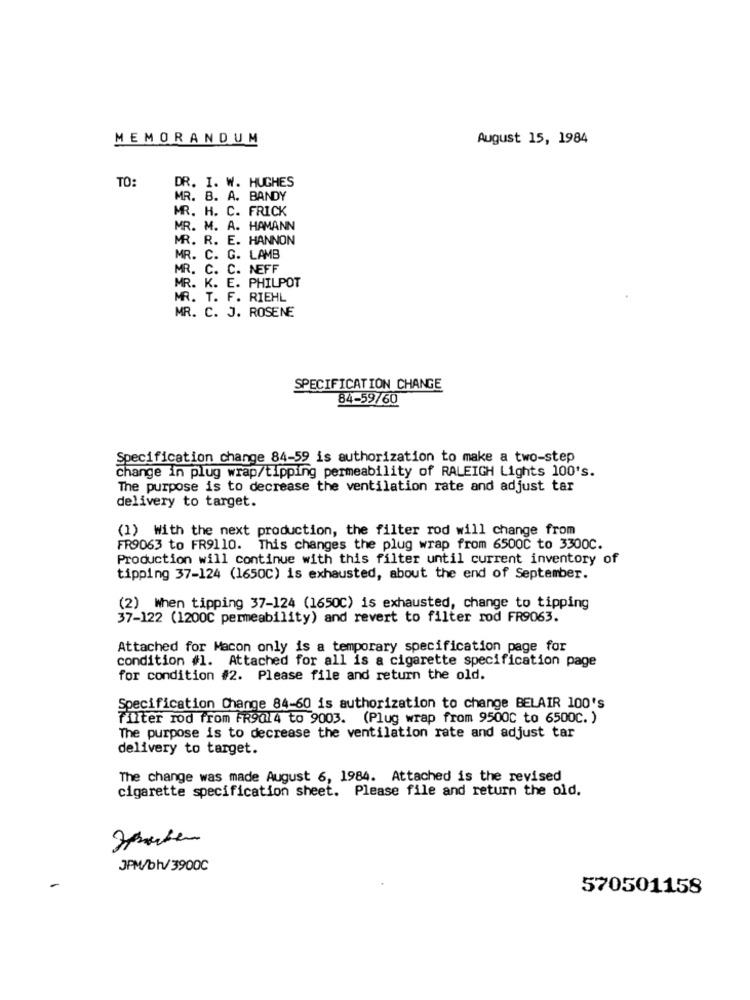
MEMORANDUM
August 15, 1984
TO:
DR. I. W. HUGHES
MR. B. A. BANDY
MR. H. C. FRICK
MR. M. A. HAMANN
MR. R. E. HANNON
MR. C. G. LAMB
MR. C. C. NEFF
MR. K. E. PHILPOT
MR. T. F. RIEHL
MR. C. J. ROSENE
SPECIFICATION CHANGE
84-59/60
Specification change 84-59 is authorization to make a two-step
change in plug wrap/tipping permeability of RALEIGH Lights 100's.
The purpose is to decrease the ventilation rate and adjust tar
delivery to target.
(1) With the next production, the filter rod will change from
FR9063 to FR9110. This changes the plug wrap from 6500C to 3300C.
Production will continue with this filter until current inventory of
tipping 37-124 (1650C) is exhausted, about the end of September.
(2) When tipping 37-124 (1650C) is exhausted, change to tipping
37-122 (1200℃ permeability) and revert to filter rod FR9063.
Attached for Macon only is a temporary specification page for
condition #1. Attached for all is a cigarette specification page
for condition #2. Please file and return the old.
Specification Change 84-60 is authorization to change BELAIR 100's
Filter rod from FR9014 to 9003. (Plug wrap from 9500C to 6500C. )
The purpose is to decrease the ventilation rate and adjust tar
delivery to target.
The change was made August 6, 1984. Attached is the revised
cigarette specification sheet. Please file and return the old.
JPM/bh/3900C
570501158